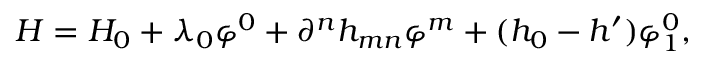
H = H _ { 0 } + \lambda _ { 0 } \varphi ^ { 0 } + \partial ^ { n } h _ { m n } \varphi ^ { m } + ( h _ { 0 } - h ^ { \prime } ) \varphi _ { 1 } ^ { 0 } ,